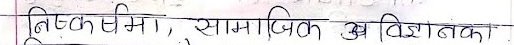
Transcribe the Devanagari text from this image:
निष्कर्षमा, सामाजिक अस्थिरता